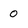
Character: 0